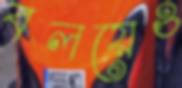
বলয়েও